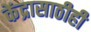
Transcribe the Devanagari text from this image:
केंद्रासाठीही